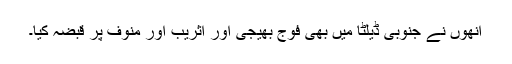
انھوں نے جنوبی ڈیلٹا میں بھی فوج بھیجی اور اثریب اور منوف پر قبضہ کیا۔